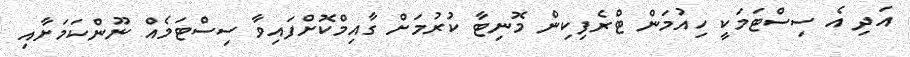
އަދި އެ ސިސްޓަމަކީ ހިއުމަން ޓްރެފިކިން މޮނިޓާ ކުރުމަށް ގާއިމްކޮށްފައިވާ ސިސްޓަމެއް ނޫންކަމަށާއި